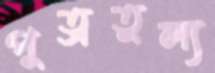
পুত্রতুল্য